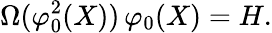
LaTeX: \Omega(\varphi_{0}^{2}(X))\, \varphi_{0}(X)=H.